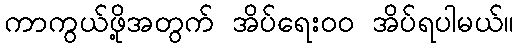
ကာကွယ်ဖို့အတွက် အိပ်ရေးဝဝ အိပ်ရပါမယ်။